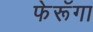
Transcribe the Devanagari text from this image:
फेरूॅगा